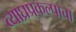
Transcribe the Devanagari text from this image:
व्याघ्रप्रकल्पाचा